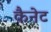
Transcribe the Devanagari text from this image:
कैनेट